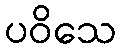
ပဝိသေ